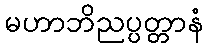
မဟာဘိညပ္ပတ္တာနံ